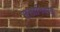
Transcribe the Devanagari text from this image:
ससानियाई